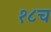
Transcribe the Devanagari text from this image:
१८च